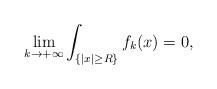
LaTeX: \begin{align*}\displaystyle{\lim_{k\to+\infty}\int_{\left\{\left|x\right|\geq R\right\}}f_k(x)=0},\end{align*}